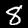
Label: 8